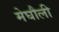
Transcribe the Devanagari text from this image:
मेघौली